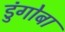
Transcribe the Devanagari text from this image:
डुंगोबा